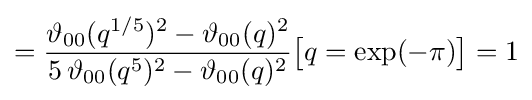
={\frac {\vartheta _{00}(q^{1/5})^{2}-\vartheta _{00}(q)^{2}}{5\,\vartheta _{00}(q^{5})^{2}-\vartheta _{00}(q)^{2}}}{\bigl [}q=\exp(-\pi ){\bigr ]}=1